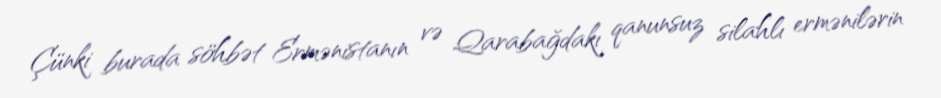
Çünki burada söhbət Ermənistanın və Qarabağdakı qanunsuz silahlı ermənilərin